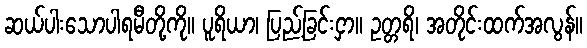
ဆယ်ပါးသောပါရမီတို့ကို။ ပူရိယာ၊ ပြည့်ခြင်းငှာ။ ဥတ္တရိ၊ အတိုင်းထက်အလွန်။